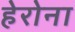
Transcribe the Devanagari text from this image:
हेरोना